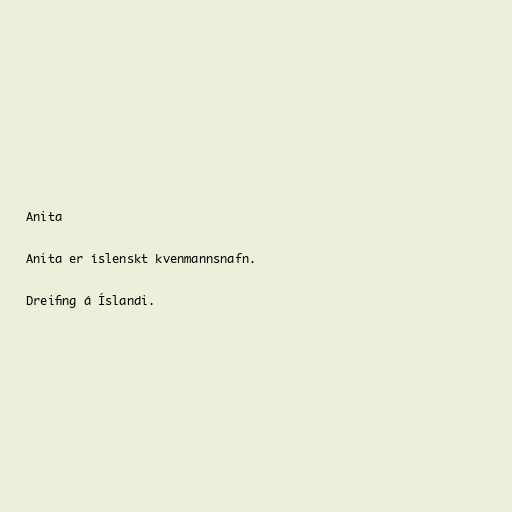
Anita

Anita er íslenskt kvenmannsnafn.

Dreifing á Íslandi.